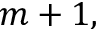
m + 1 ,